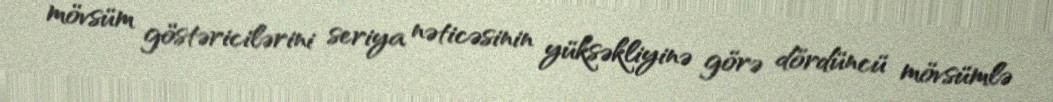
mövsüm göstəricilərini seriya nəticəsinin yüksəkliyinə görə dördüncü mövsümlə